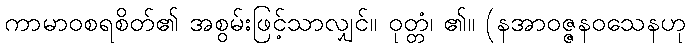
ကာမာဝစရစိတ်၏ အစွမ်းဖြင့်သာလျှင်။ ဝုတ္တံ၊ ၏။ (နအာဝဇ္ဇနဝသေနဟု